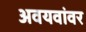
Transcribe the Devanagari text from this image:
अवयवांवर